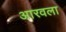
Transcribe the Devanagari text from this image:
आरवला